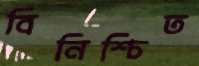
বিনিশ্চিত